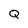
Character: Q